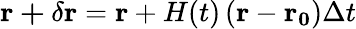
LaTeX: \mathbf{r+\delta r}=\mathbf{r}+H(t)\left(\mathbf{r}-\mathbf{r_{0}}\right)\Delta t